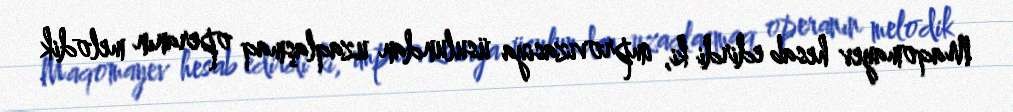
Maqomayev hesab edirdi ki, improvizasiya üsulundan uzaqlaşmaq operanın melodik